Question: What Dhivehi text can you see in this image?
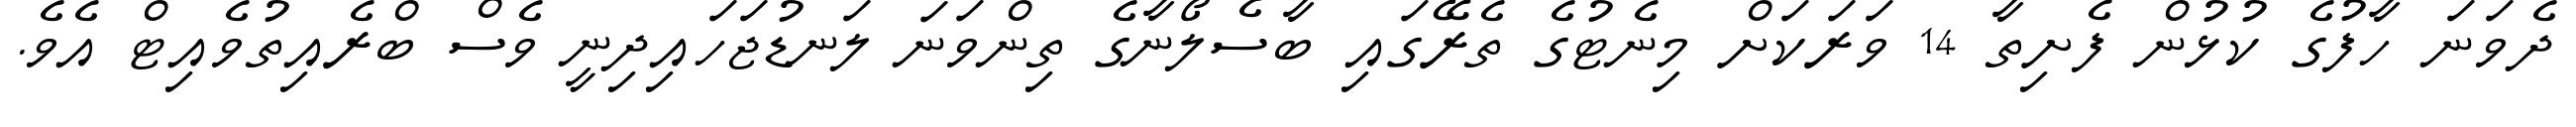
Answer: ދެވަނަ ހާފުގެ ކުޅުން ފެށިތާ 14 ވަރަކަށް މިނެޓުގެ ތެރޭގައި ބާސެލޯނާގެ ތިންވަނަ ލަނޑުޖަހައިދިނީ ވެސް ބްރެއިތުވެއިޓް އެވެ.